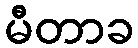
မီတာခ